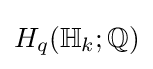
H_{q}(\mathbb {H} _{k};\mathbb {Q} )